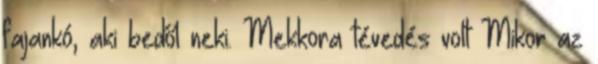
fajankó, aki bedől neki. Mekkora tévedés volt Mikor az